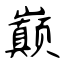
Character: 巅